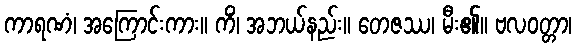
ကာရဏံ၊ အကြောင်းကား။ ကိံ၊ အဘယ်နည်း။ တေဇဿ၊ မီး၏။ ဗလဝတ္တာ၊